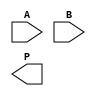
module radix4_wallace_multiplier #(parameter n = 8) (
    input [n-1:0] A, // Multiplicand
    input [n-1:0] B, // Multiplier
    output reg [2*n-1:0] P // Product
);

    // Partial products
    reg [2*n-1:0] pp [0:3]; // Partial products array
    integer i;

    // Generate partial products based on the multiplier B
    always @(*) begin
        for (i = 0; i < n/2; i = i + 1) begin
            case (B[2*i +: 2])
                2'b00: pp[i] = 0;
                2'b01: pp[i] = A << (2*i);
                2'b10: pp[i] = A << (2*i + 1);
                2'b11: pp[i] = (A << (2*i + 1)) + (A << (2*i));
                default: pp[i] = 0;
            endcase
        end
    end

    // Wallace tree reduction
    reg [2*n-1:0] sum [0:n/2-1]; // Sum array
    reg [2*n-1:0] carry [0:n/2-1]; // Carry array
    integer j;

    always @(*) begin
        // Initialize sums and carries
        for (j = 0; j < n/2; j = j + 1) begin
            sum[j] = 0;
            carry[j] = 0;
        end

        // First level of reduction using half adders and full adders
        for (j = 0; j < n/2; j = j + 1) begin
            if (j < (n/2 - 1)) begin
                {carry[j], sum[j]} = pp[j] + pp[j+1] + pp[j+2];
            end else begin
                sum[j] = pp[j];
            end
        end
    end

    // Final addition of the reduced results
    always @(*) begin
        P = 0;
        for (j = 0; j < n/2; j = j + 1) begin
            P = P + sum[j] + carry[j];
        end
    end

endmodule